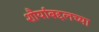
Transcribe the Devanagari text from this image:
शौर्याबद्दलच्या